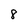
Character: 8